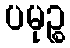
ပမုဉ္စ